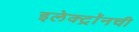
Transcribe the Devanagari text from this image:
इलेक्ट्राॅनची